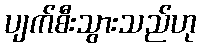
ပျက်စီးသွားသည်ဟု